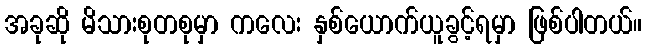
အခုဆို မိသားစုတစုမှာ ကလေး နှစ်ယောက်ယူခွင့်ရမှာ ဖြစ်ပါတယ်။